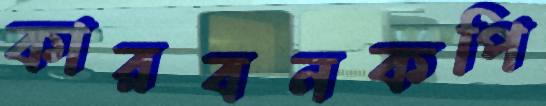
কারবনকপি